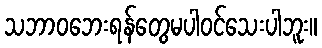
သဘာဝဘေးရန်တွေမပါဝင်သေးပါဘူး။